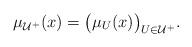
LaTeX: \begin{align*} \mu_{\mathcal{U}^+} (x) = \big( \mu_U (x) \big)_{U \in {\mathcal{U}^+} } . \end{align*}